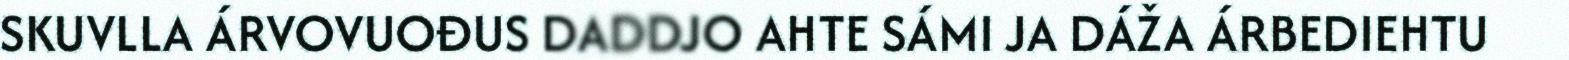
SKUVLLA ÁRVOVUOĐUS DADDJO AHTE SÁMI JA DÁŽA ÁRBEDIEHTU